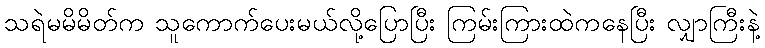
သရဲမမိမိတ်က သူကောက်ပေးမယ်လို့ပြောပြီး ကြမ်းကြားထဲကနေပြီး လျှာကြီးနဲ့